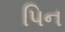
પિન